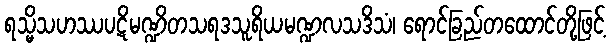
ရသ္မိသဟဿပဋိမဏ္ဍိတသရဒသူရိယမဏ္ဍလသဒိသံ၊ ရောင်ခြည်တထောင်တို့ဖြင့်